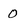
Character: 0